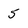
Character: 5